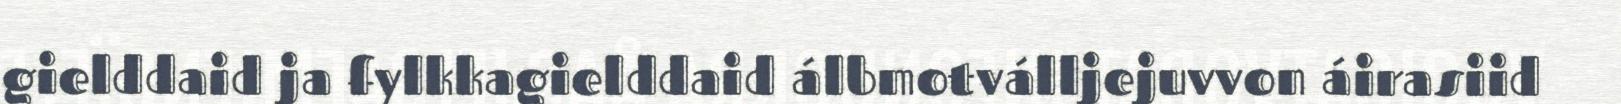
gielddaid ja fylkkagielddaid álbmotválljejuvvon áirasiid